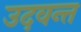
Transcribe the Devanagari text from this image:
उदवन्त